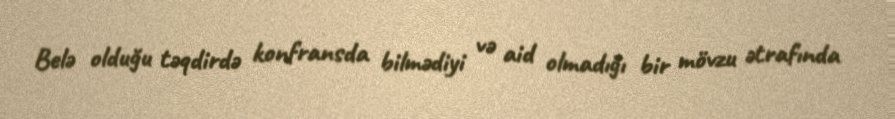
Belə olduğu təqdirdə konfransda bilmədiyi və aid olmadığı bir mövzu ətrafında